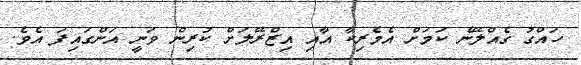
ހައްގު ގެއްލޭނެ ކަމަށް އެމެރިކާ އާއި އިޒްރޭލަށް ކުރިން ވަނީ އަންގައިފަ އެވެ.